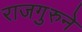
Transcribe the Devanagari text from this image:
राजगुरुने